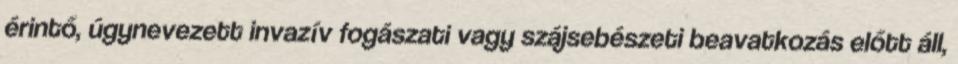
érintő, úgynevezett invazív fogászati vagy szájsebészeti beavatkozás előtt áll,